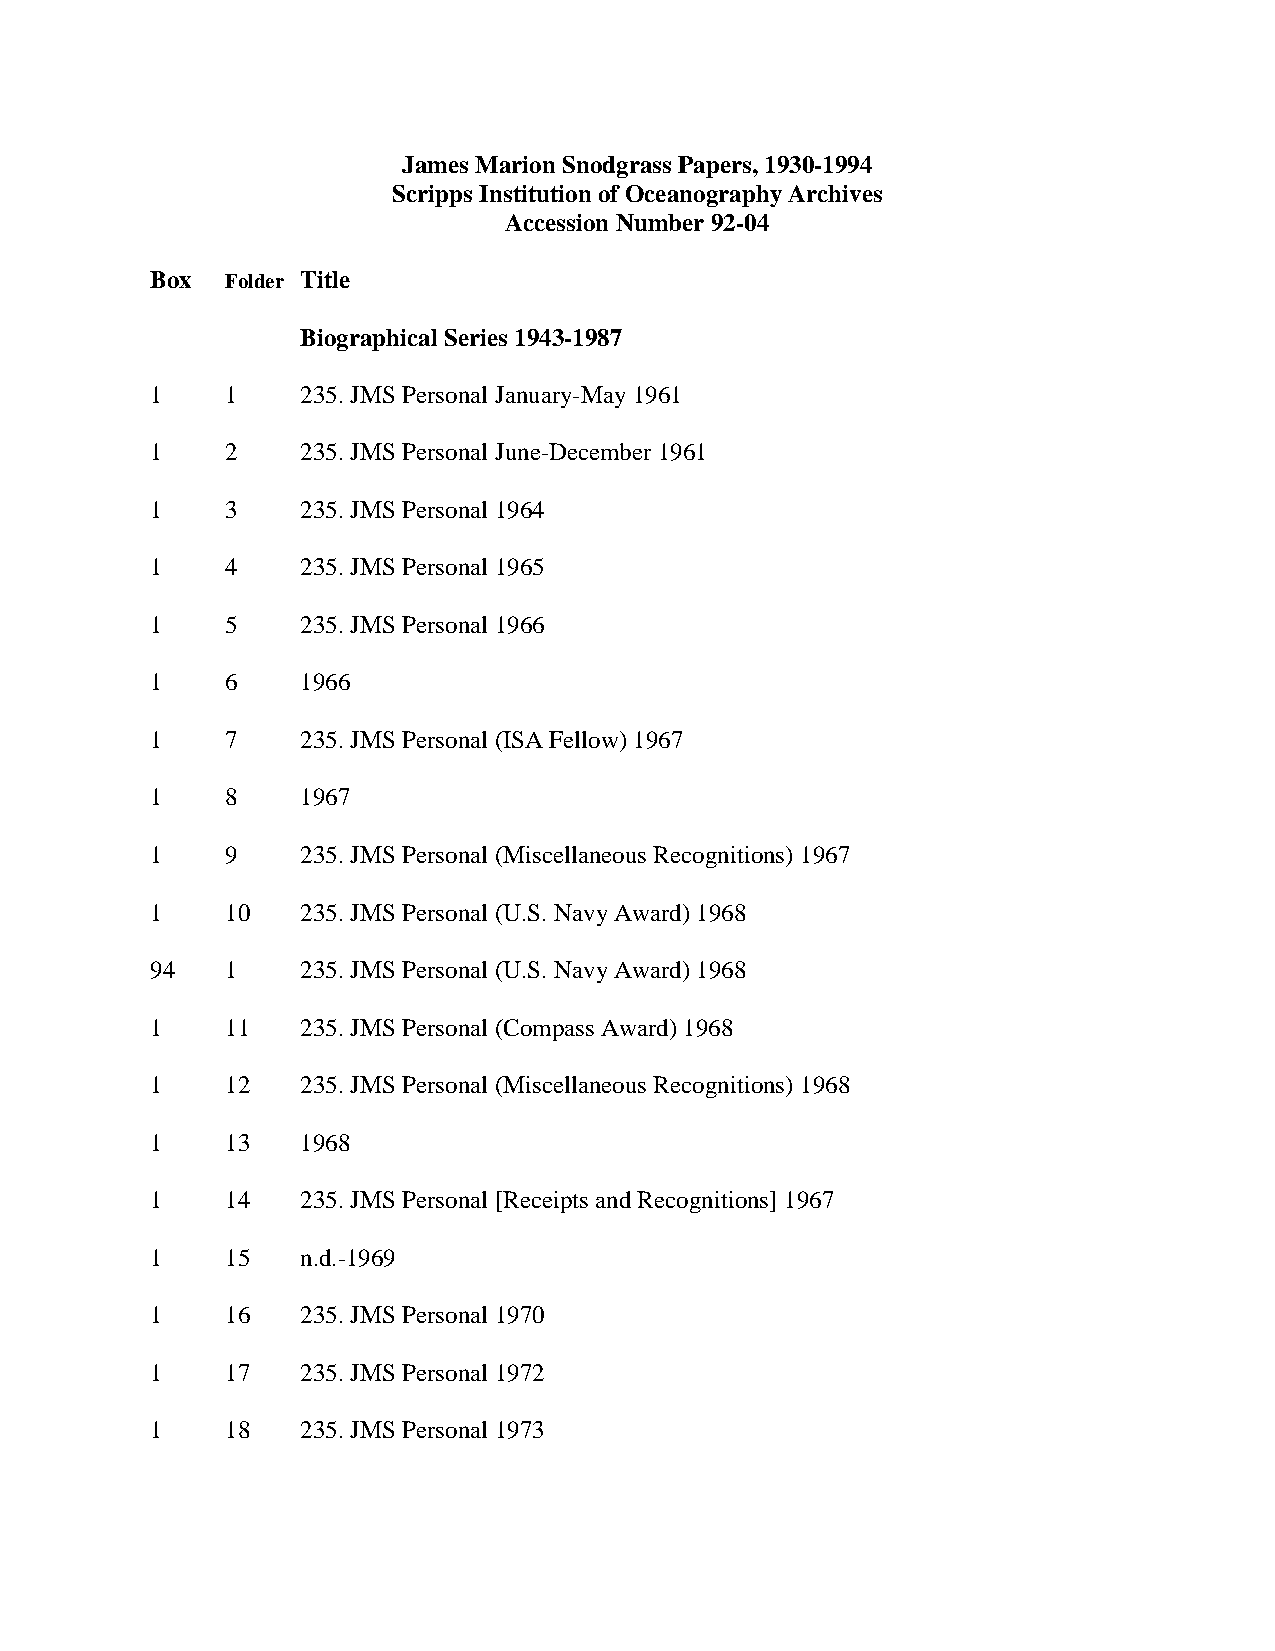
James Marion Snodgrass Papers, 1930-1994
 Scripps Institution of Oceanography Archives
 Accession Number 92-04
 Box  Folder Title
 Biographical Series 1943-1987
 1    1    235. JMS Personal January-May 1961
 1    2    235. JMS Personal June-December 1961
 1    3    235. JMS Personal 1964
 1    4    235. JMS Personal 1965
 1    5    235. JMS Personal 1966
 1    6    1966
 1    7    235. JMS Personal (ISA Fellow) 1967
 1    8    1967
 1    9    235. JMS Personal (Miscellaneous Recognitions) 1967
 1    10   235. JMS Personal (U.S. Navy Award) 1968
 94   1    235. JMS Personal (U.S. Navy Award) 1968
 1    11   235. JMS Personal (Compass Award) 1968
 1    12   235. JMS Personal (Miscellaneous Recognitions) 1968
 1    13   1968
 1    14   235. JMS Personal [Receipts and Recognitions] 1967
 1    15   n.d.-1969
 1    16   235. JMS Personal 1970
 1    17   235. JMS Personal 1972
 1    18   235. JMS Personal 1973